Document type: Sale
Year: 1440
Scribe: Pere Pau Pujades
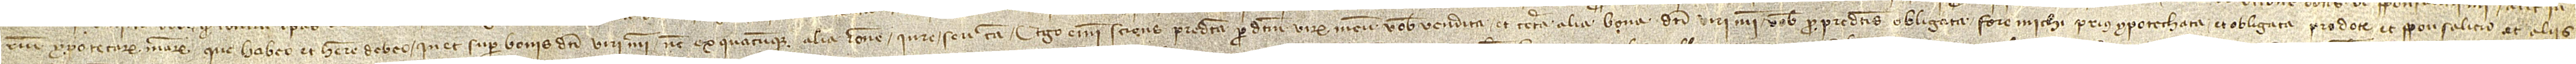
rium ypotecarum mearum que habeo et habere debeo in et super bonis dicti viri mei nec ex quacumque alia ratione, iure seu causa. Ego enim, sciens predicta per dictum virum meum vobis vendita et tota alia bona dicti viri mei vobis pro predictis obligata fore michi prius ypotechata et obligata pro dote et sponsalicio ac aliis